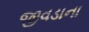
જીવડાના